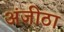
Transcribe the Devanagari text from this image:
अंजीठा